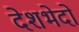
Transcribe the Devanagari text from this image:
देशभेदों